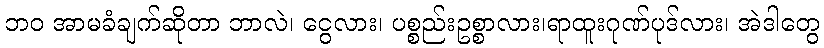
ဘဝ အာမခံချက်ဆိုတာ ဘာလဲ၊ ငွေလား၊ ပစ္စည်းဥစ္စာလား၊ရာထူးဂုဏ်ပုဒ်လား၊ အဲဒါတွေ